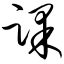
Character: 踝